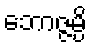
ဘောဇ္ဇမ္ပိ